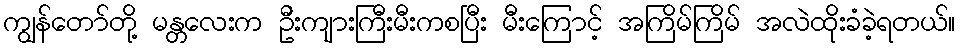
ကျွန်တော်တို့ မန္တလေးက ဦးကျားကြီးမီးကစပြီး မီးကြောင့် အကြိမ်ကြိမ် အလဲထိုးခံခဲ့ရတယ်။